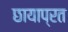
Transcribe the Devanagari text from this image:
छायाप्रत